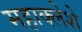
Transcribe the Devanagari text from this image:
महाक्लेशे